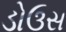
ડોઉસ